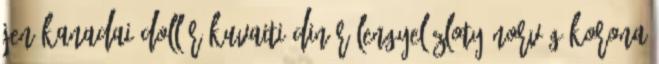
jen Kanadai dollár Kuvaiti dinár Lengyel zloty Norvég korona